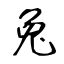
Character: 兔